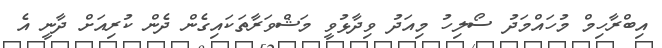
އިބްރާހިމް މުހައްމަދު ސޯލިހު މިއަދު ވިދާޅުވީ މަޝްވަރާތަކައިގެން ދެން ކުރިއަށް ދާނީ އެ